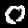
Label: 0